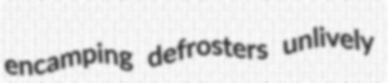
encamping defrosters unlively